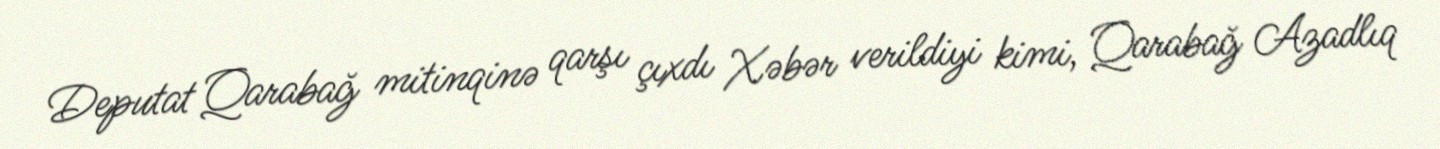
Deputat Qarabağ mitinqinə qarşı çıxdı Xəbər verildiyi kimi, Qarabağ Azadlıq